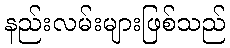
နည်းလမ်းများဖြစ်သည်